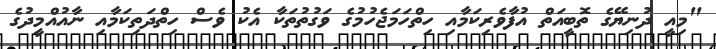
"މިއީ ދުނިޔޭގެ ތޮބީއަތް އުފާވެރިކަމާއި ހިތްހަމަޖެހުމުގެ ވަގުތުތަކާ އެކު ވެސް ހިތްދަތިކަމާއި ނާއުއްމީދުގެ